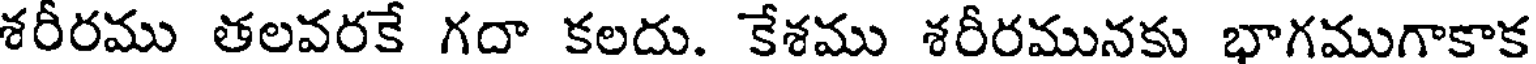
శరీరము తలవరకే గదా కలదు. కేశము శరీరమునకు భాగముగాకాక